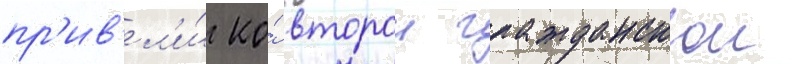
пр'ив'ел'и́ ко́ второи гражданскои